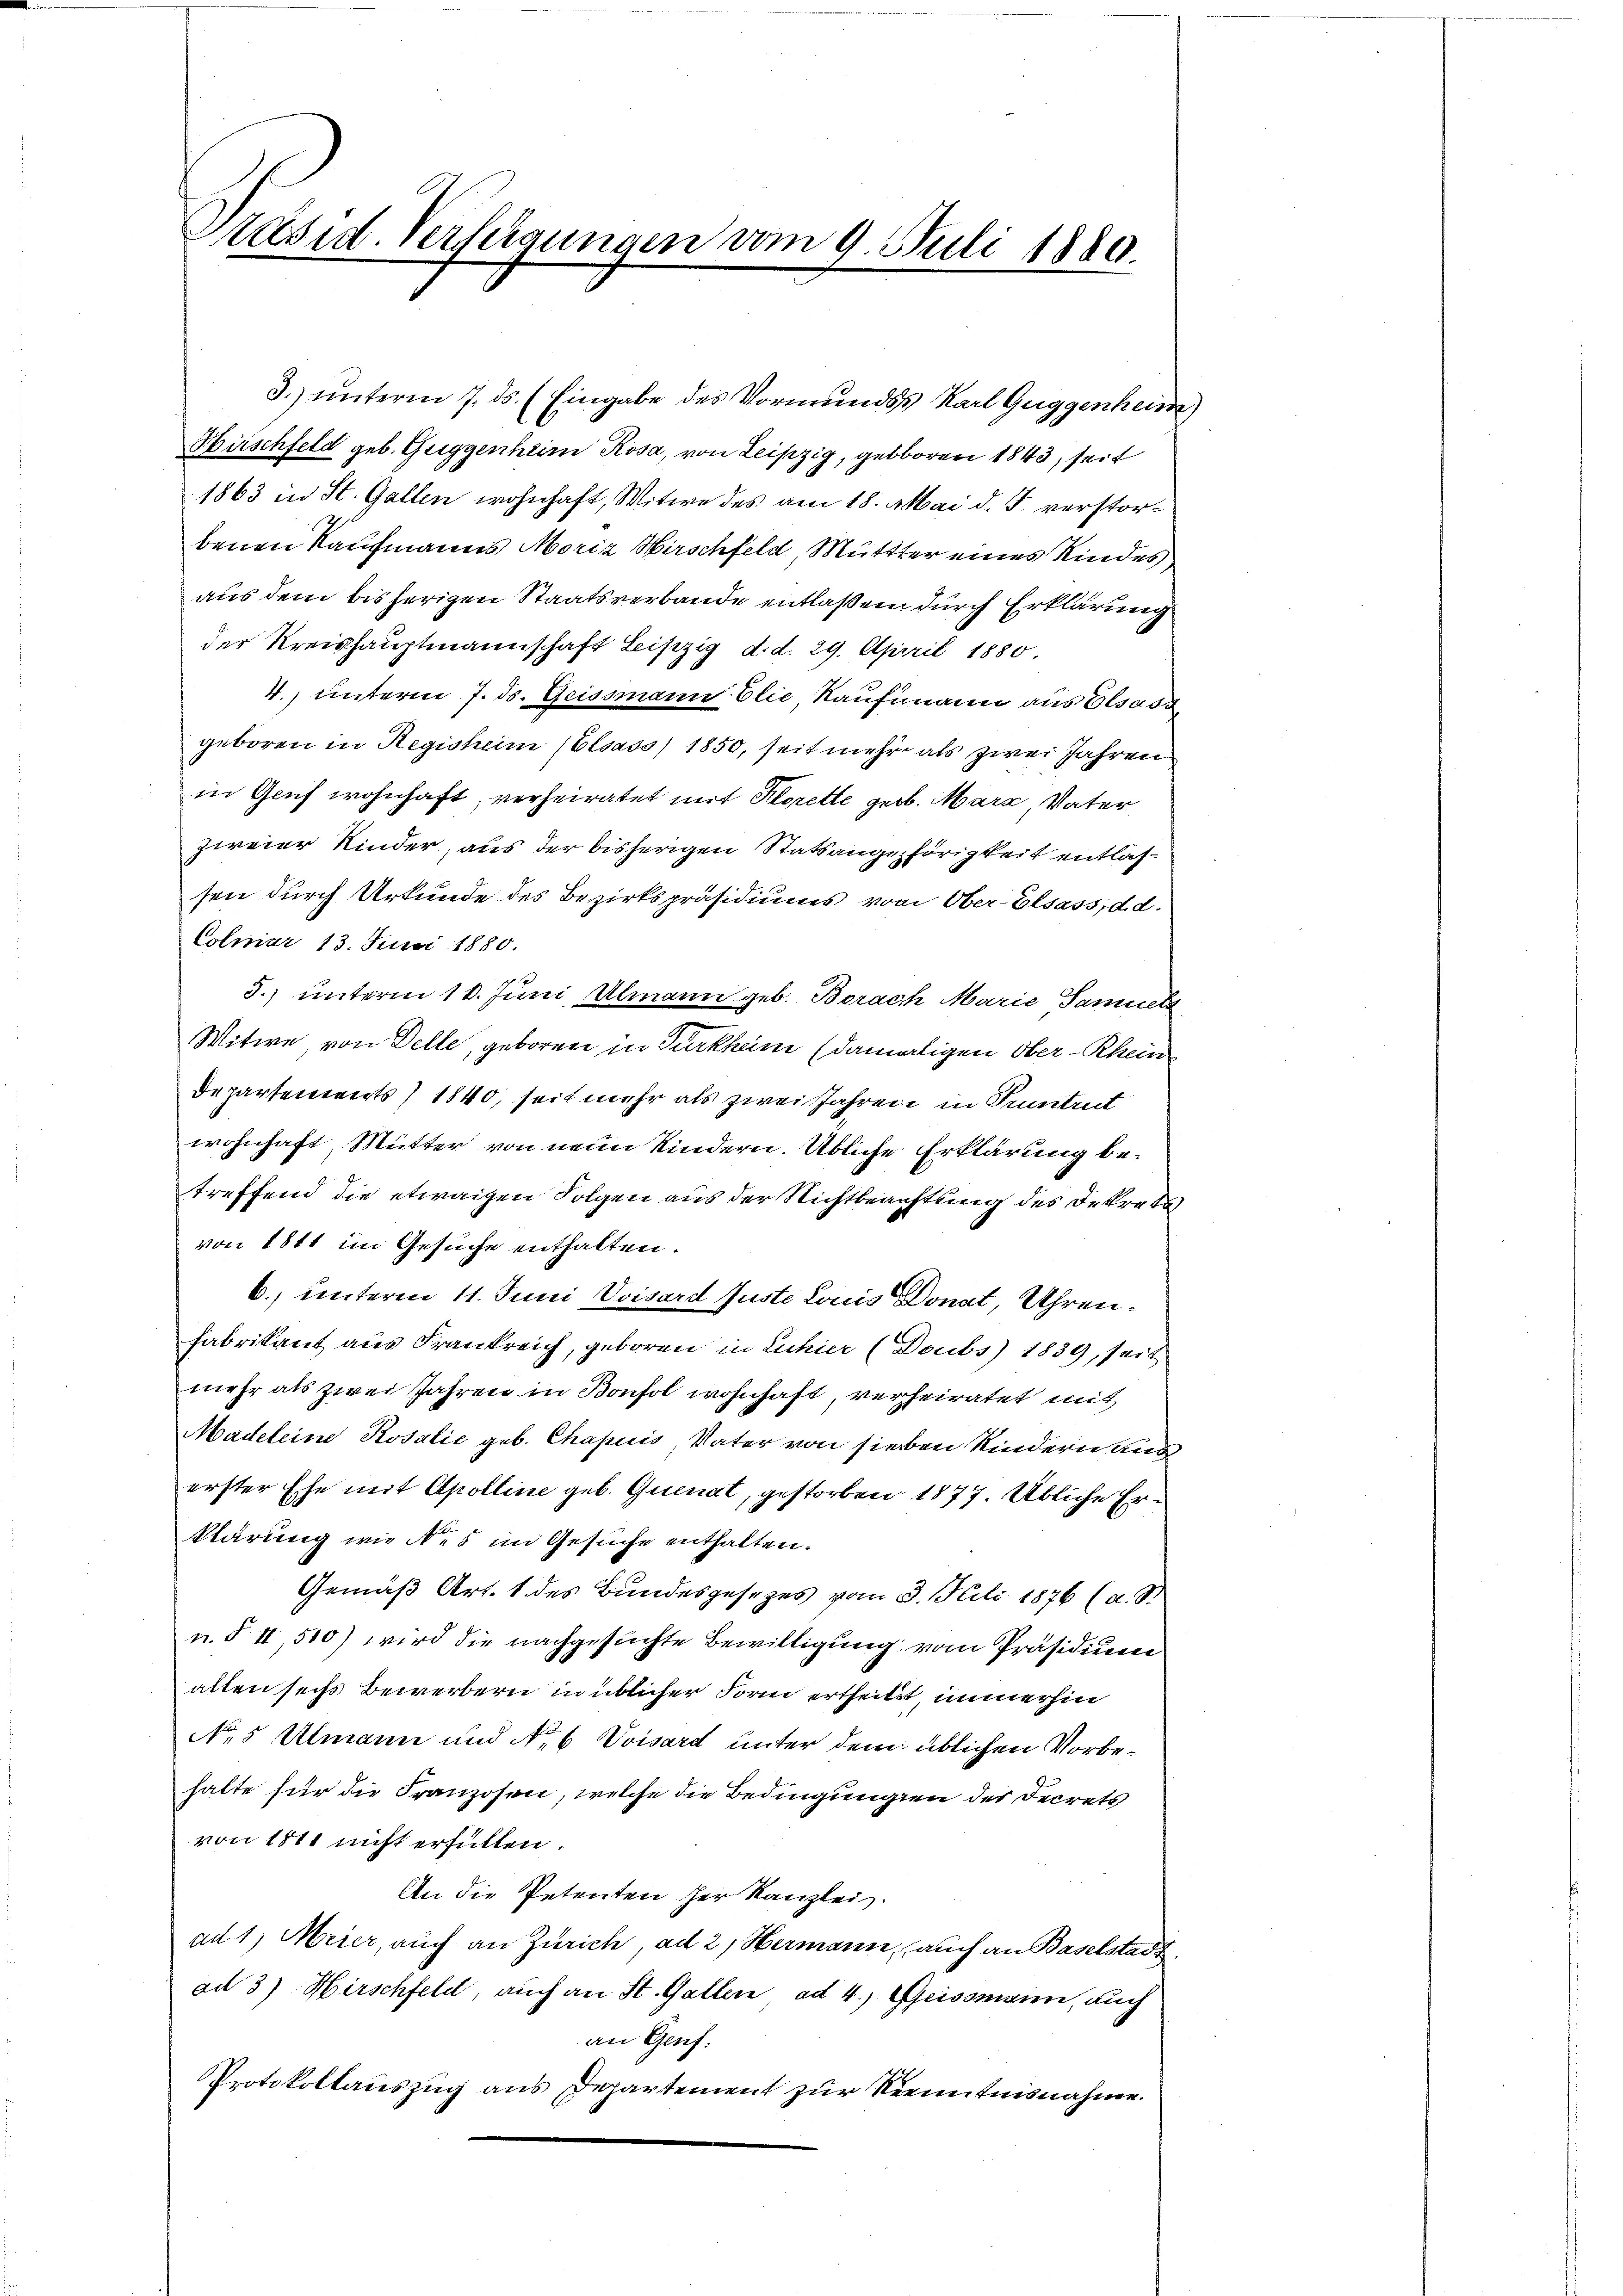
Präsid. Verlegungen vom 9. Juli 1880

3.) unterm 7. ds. (Eingabe des Vormundss Karl Guggenheim
Hirschfeld geb. Guggenheim Rosa, von Leipzig, gebbarer 1843, seit
1863 in St. Gallen wohnhaft, Witwe des am 18. Mai d. J. verstorbenen Kaufmanns Moriz Wirschfeld, Mutter eines Kindes
aus dem bisherigen Staatsverbande entlaßen durch Erklärung
der Kreishauptmannschaft Leipzig, d. d. 29. April 1880
4.) unterm 7. ds. Geissmann Elie Kaufmann aus Elsass,
geboren in Regisheim (Elsass) 1850, seit mehr als zwei Jahren
in Genf wohnhaft, verheiratet mit Florette geb. März, Vater
zweier Kinder, aus der bisherigen Statsangehörigkeit entlassen durch Urkunde des Bezirkspräsidiums vom Ober-Elsass,dd.
Colmar 13. Juni 1880.
5.) unterm 10. Juni, Ulmann geb. Borach Marie Sammle
Witwe, von Delle, geboren in Turkham (damaligen Ober-Rhein
Departenwerts) 1840, seit mehr als zwei Jahren in Tutrit
wohnhaft, Mutter von neun Kindern. Übliche Erklärung betreffend die etwaigen Folgen aus der Nichtbeachtung des Dekrets
von 1811 im Gesuche enthalten.
6. unterm 11. Juni Vvisard Juste Louis Donat, Uhren
Fabrikant aus Frankreich, geboren in Luhier (Doubs) 1839, seit
mehr als zwei Jahren in Bonfol wohnhaft, verheiratet mit
Madeleine Rosalić geb. Chapuis Vater von sieben Kindern ang
erster Ehe mit Apolline geb. Quenat, gestorben 1877. Übliche Erklärung wie es im Gesuche enthalten.
Gemäß Art. 1 des Bundesgesetzes vom 3. Mili 1876 (a. St
n. § II 510) wird die nachgesuchte Bewilligung vom Präsidium
alten sechs Bewerbern in üblicher Form ertheilt, immerhin
No 5 Ulmann und No 6 Voisard unter dem üblichen Vorbehalte für die Franzosen, welche die Bedingungen der Decrets
von 1811 nicht erfüllen.
An die Petenten her Kanzlei.
ad 1, Meier, auch an Zürich, ad 2, Hermann, auch an Baselstadt.
ad 3) Hirschfeld, auch an St. Gallen ad 4.) Geissmann, auch
an Genf.
Protokollauszug aus Departement zur Kenntnisnahme.